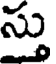
స్తు